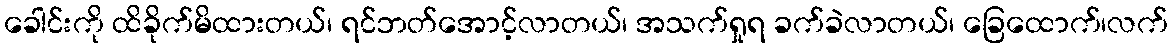
ခေါင်းကို ထိခိုက်မိထားတယ်၊ ရင်ဘတ်အောင့်လာတယ်၊ အသက်ရှုရ ခက်ခဲလာတယ်၊ ခြေထောက်၊လက်